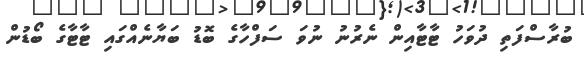
ބުރާސްފަތި ދުވަހު ޓާޓާއިން ނެރުނު ނުވަ ސަފްހާގެ ބޮޑު ބަޔާނެއްގައި ޓާޓާގެ ބޯޑުން